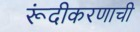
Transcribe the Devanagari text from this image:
रूंदीकरणाची